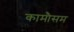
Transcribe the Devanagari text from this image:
कामौसम